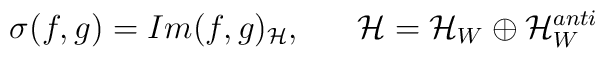
\sigma (f,g) =Im(f,g)_{\cal H} ,~~~~~ {\cal H} ={\cal H}_W\oplus {\cal H}_W^{anti}